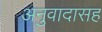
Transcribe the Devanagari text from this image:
अनुवादासह